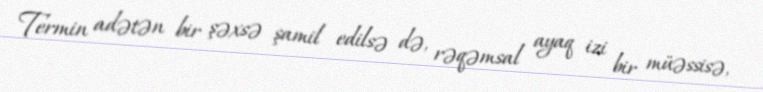
Termin adətən bir şəxsə şamil edilsə də, rəqəmsal ayaq izi bir müəssisə,